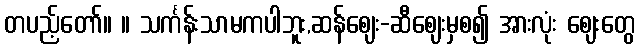
တပည့်တော်။ ။ သင်္ကန်းသာမကပါဘူး,ဆန်ဈေး-ဆီဈေးမှစ၍ အားလုံး ဈေးတွေ